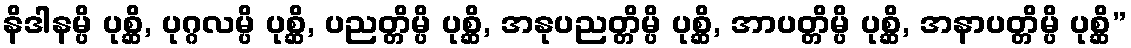
နိဒါနမ္ပိ ပုစ္ဆိ, ပုဂ္ဂလမ္ပိ ပုစ္ဆိ, ပညတ္တိမ္ပိ ပုစ္ဆိ, အနုပညတ္တိမ္ပိ ပုစ္ဆိ, အာပတ္တိမ္ပိ ပုစ္ဆိ, အနာပတ္တိမ္ပိ ပုစ္ဆိ”